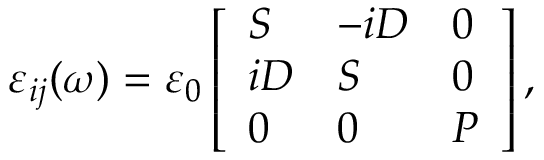
\varepsilon _ { i j } ( \omega ) = \varepsilon _ { 0 } \left[ \begin{array} { l l l } { S } & { - i D } & { 0 } \\ { i D } & { S } & { 0 } \\ { 0 } & { 0 } & { P } \end{array} \right] ,